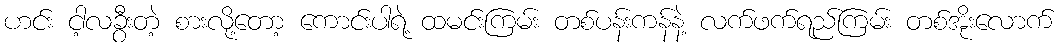
ဟင်း ငါ့လခွီးတဲ့ စားလို့တော့ ကောင်းပါရဲ့ ထမင်းကြမ်း တစ်ပန်းကန်နဲ့ လက်ဖက်ရည်ကြမ်း တစ်အိုးလောက်